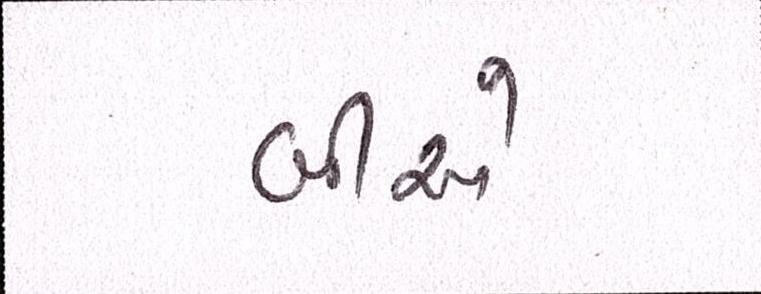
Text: બીએ